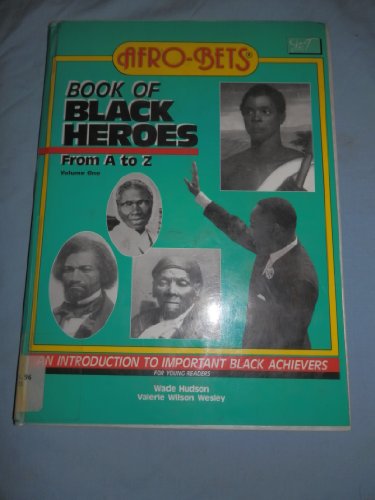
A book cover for Afro Bets Book of Black Heroes from A to Z: An Introduction to Important Black Achievers for Young Readers; Wade Hudson; Teen & Young Adult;